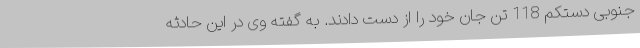
جنوبی دستکم 118 تن جان خود را از دست دادند. به گفته وی در این حادثه